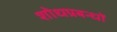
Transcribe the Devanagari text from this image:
शोधप्रबन्धों